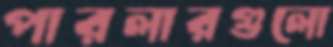
পারলারগুলো